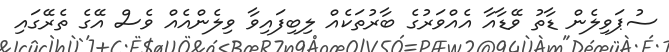
ސުޕަވިލެން ޑާތު ވޭޑާއާ އެއްވަރުގެ ބާރުތަކެއް ލިބިފައިވާ ވިލެންއެއް ވެސް އޭގެ ތެރޭގައި